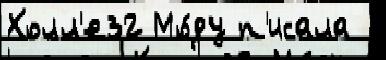
Холл'е32 Мо́ду п'исала